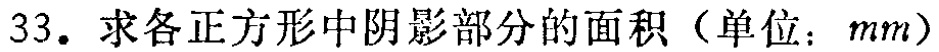
33. 求各正方形中阴影部分的面积（单位：\(mm\)）